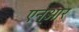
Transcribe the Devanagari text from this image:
एन्‌आर